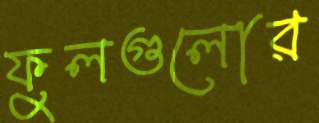
ফুলগুলোর